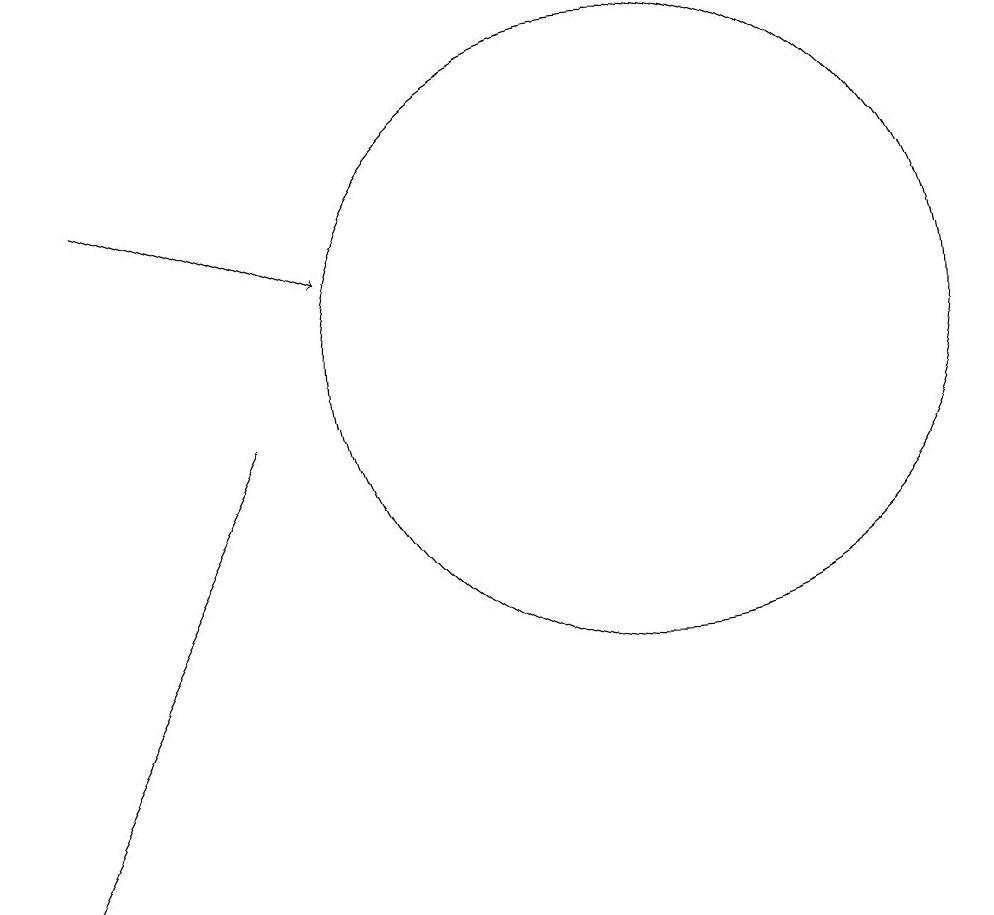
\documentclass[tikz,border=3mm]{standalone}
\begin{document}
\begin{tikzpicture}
\draw (10,10) circle (4);
\draw[->] (3,12) -- (6,11);
\draw (5,9) -- (2,3) -- (3,5) -- cycle;
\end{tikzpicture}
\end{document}